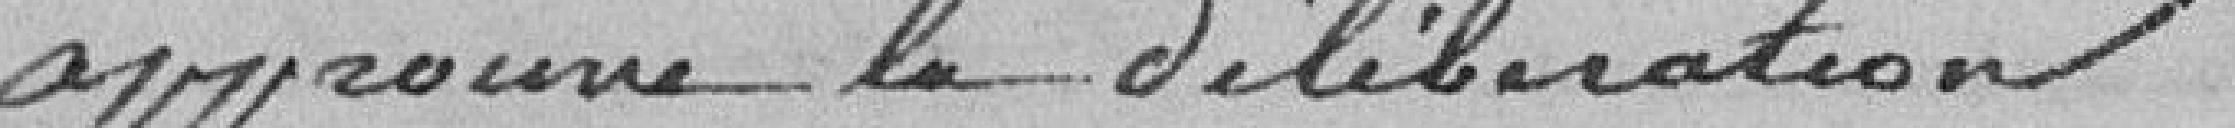
approuve la délibération